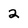
Character: 2